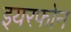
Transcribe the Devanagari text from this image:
इयरफोन